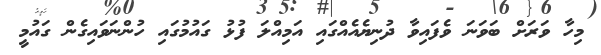
މިހާ ވަރަށް ބަވަނަ ވެފައިވާ ދުނިޔެއެއްގައި އަމިއްލަ ފުޅު ގައުމުގައި ހުންނަވައިގެން ގައުމީ